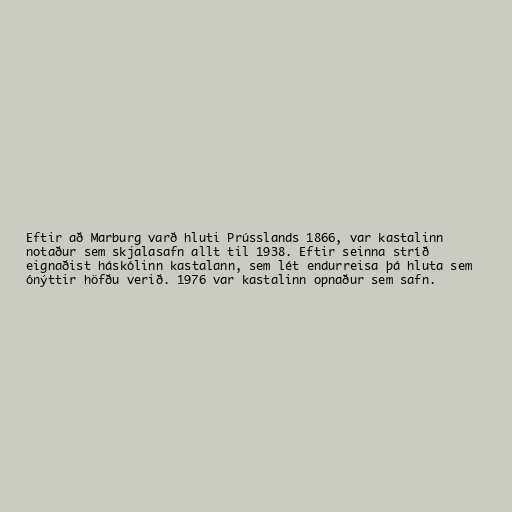
Eftir að Marburg varð hluti Prússlands 1866, var kastalinn
notaður sem skjalasafn allt til 1938. Eftir seinna stríð
eignaðist háskólinn kastalann, sem lét endurreisa þá hluta sem
ónýttir höfðu verið. 1976 var kastalinn opnaður sem safn.